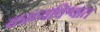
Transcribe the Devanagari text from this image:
काव्यविश्वात